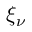
\xi _ { \nu }